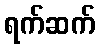
ရက်ဆက်